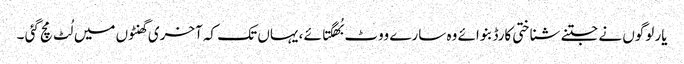
یار لوگوں نے جتنے شناختی کارڈ بنوائے وہ سارے ووٹ بُھگتائے ، یہاں تک کہ آخری گھنٹوں میں لُٹ مچ گئی ۔